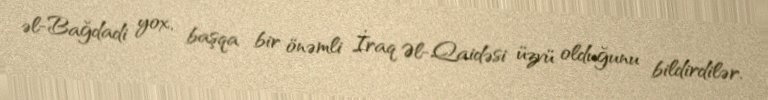
əl-Bağdadi yox, başqa bir önəmli İraq Əl-Qaidəsi üzvü olduğunu bildirdilər.